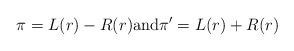
\begin{align*}\pi = L(r) - R(r) \mbox{and} \pi' = L(r) + R(r)\end{align*}